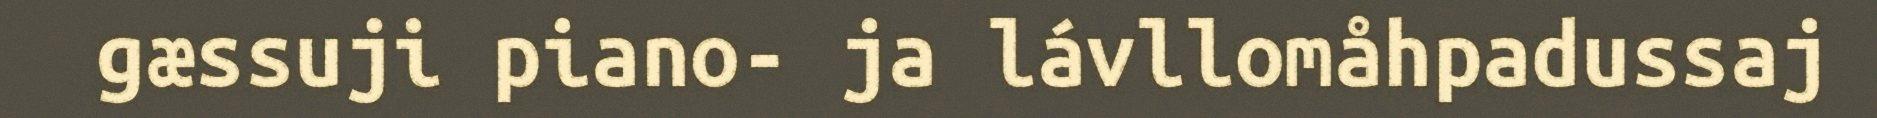
gæssuji piano- ja lávllomåhpadussaj